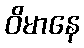
ဝိမာနေ